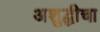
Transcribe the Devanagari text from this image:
अशुद्धीचा